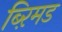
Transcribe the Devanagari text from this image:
ब्ऱिमड